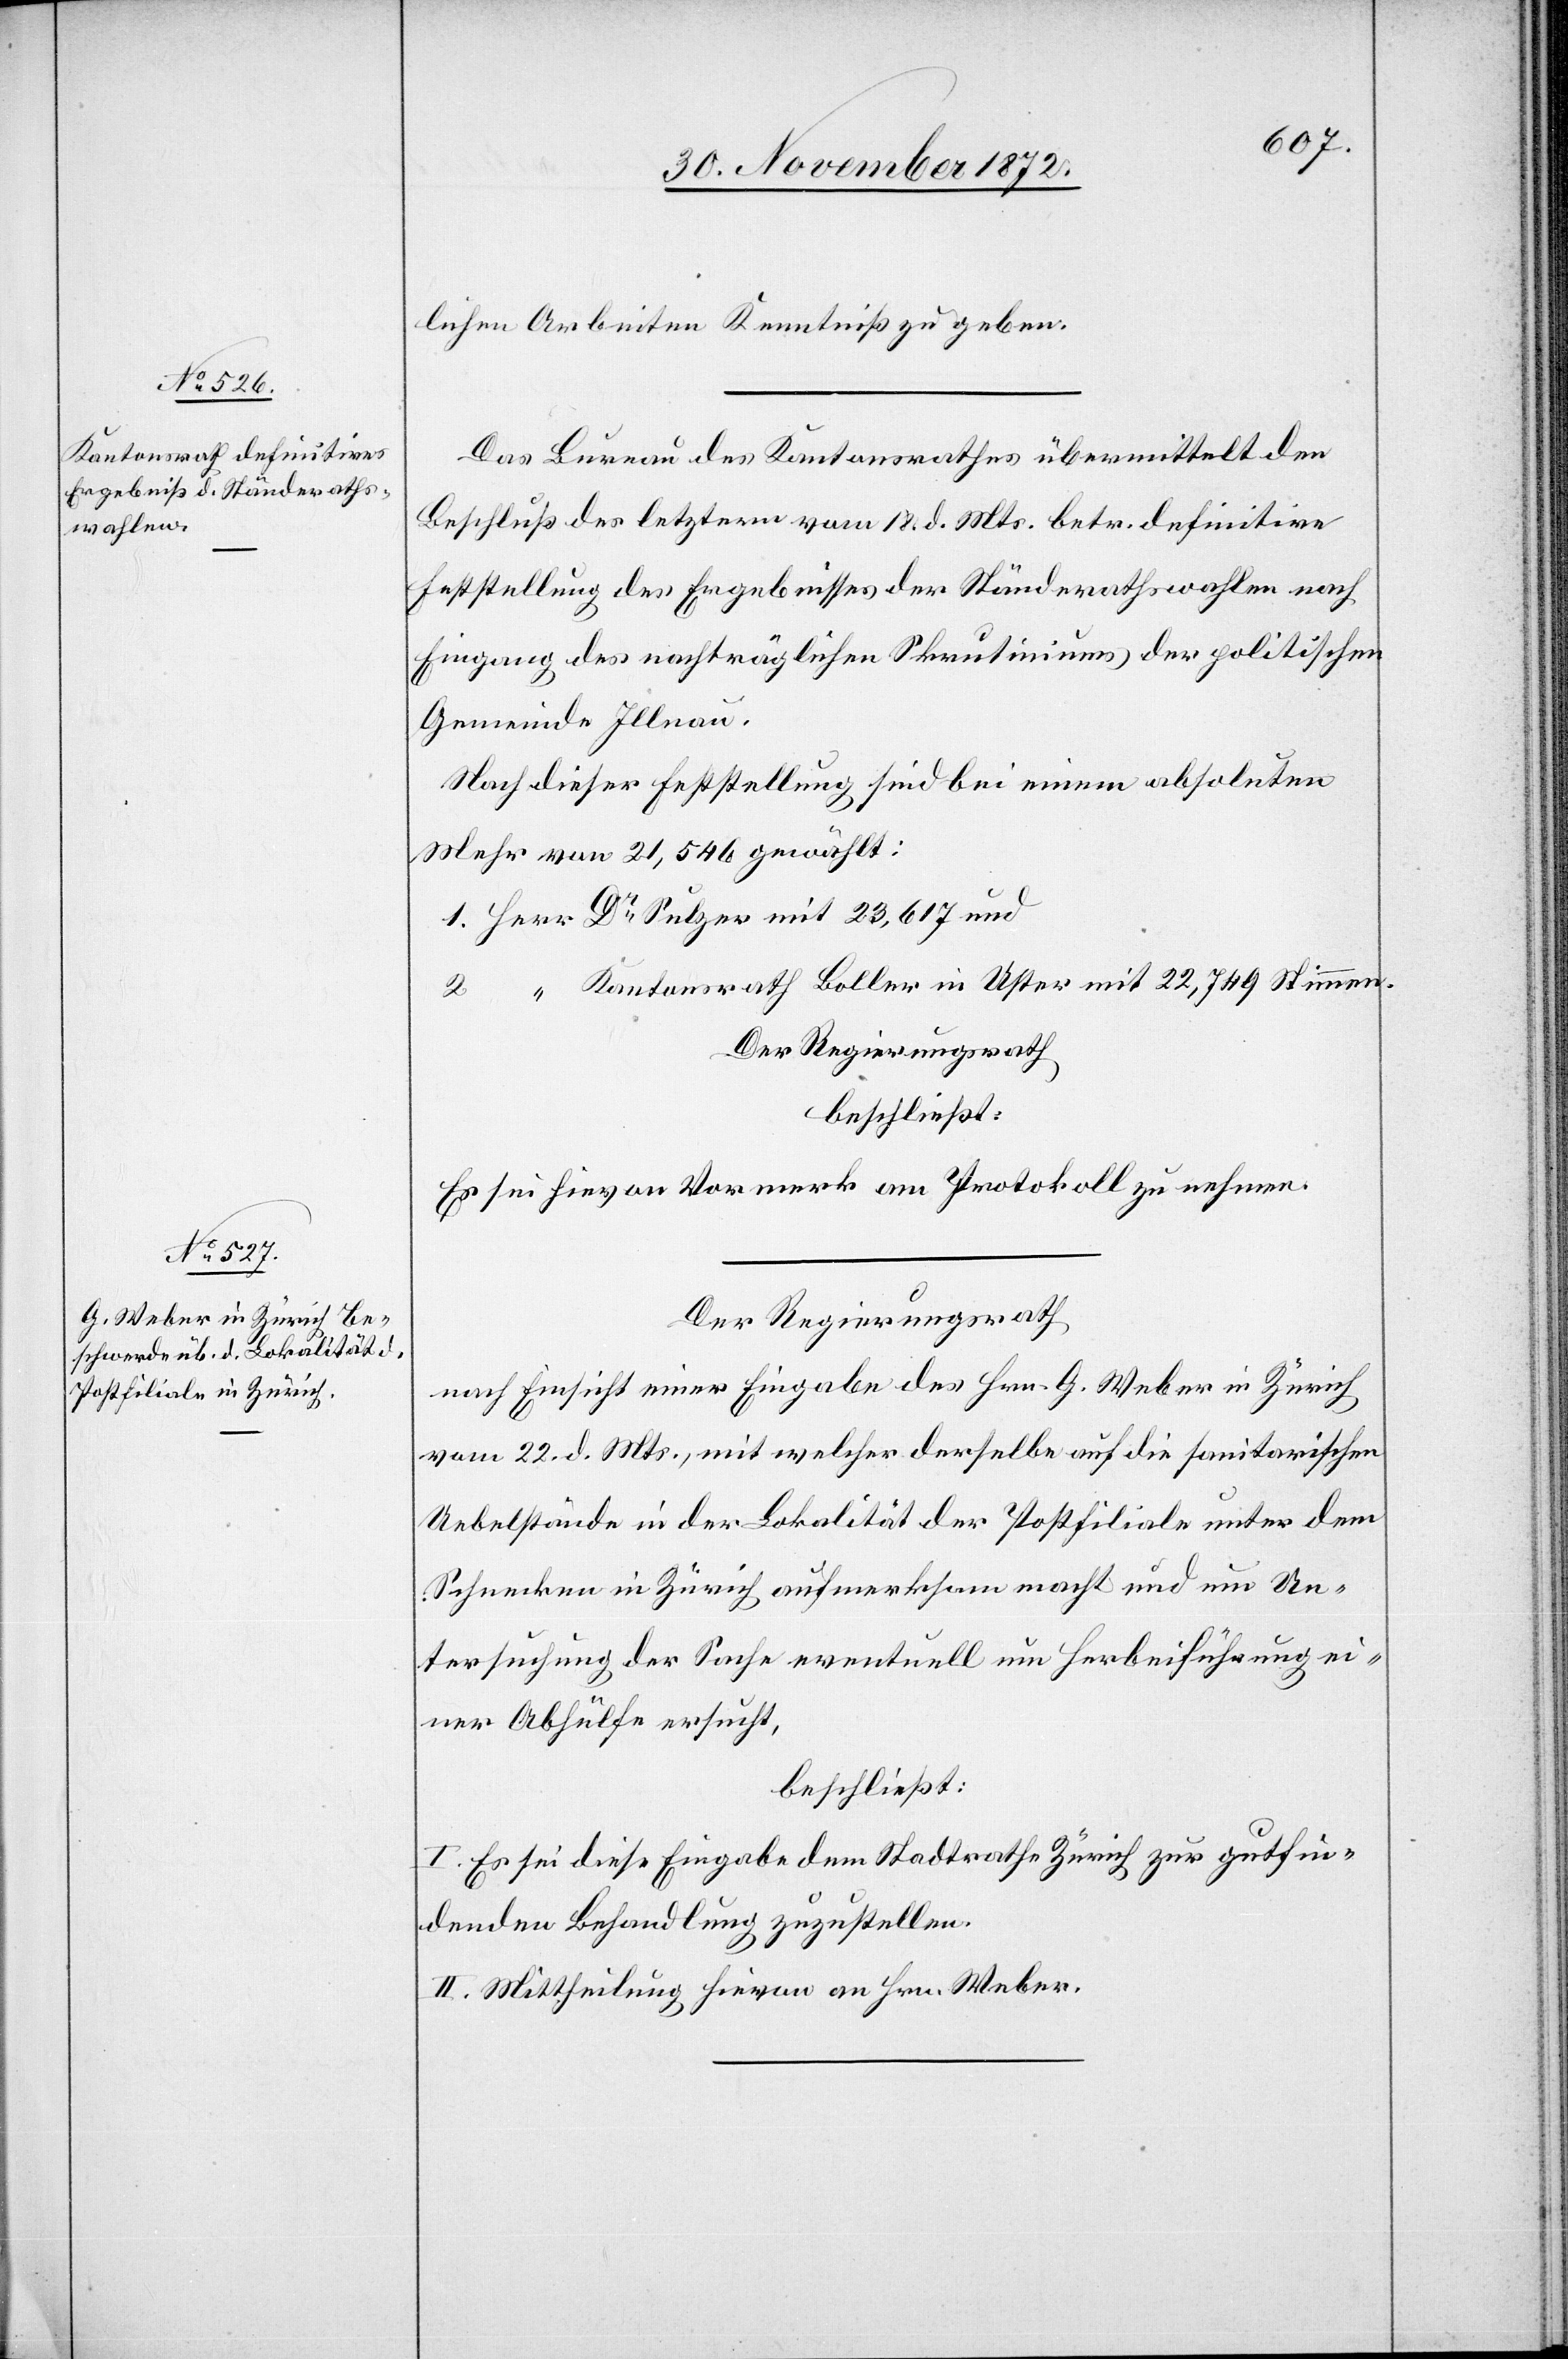
lichen Arbeiten Kenntniß zu geben.
Das Bureau des Kantonsrathes übermittelt den
Beschluß des letztern vom 18. d. Mts. betr. definitive
Feststellung des Ergebnisses der Ständerathswahlen nach
Eingang des nachträglichen Skrutiniums der politischen
Gemeinde Illnau.
Nach dieser Feststellung sind bei einem absoluten
Mehr von 21,546 gewählt:
1. Herr Dr Sulzer mit 23,617 und
2. “ Kantonsrath Boller in Uster mit 22,749 Stimmen.
Der Regierungsrath
beschließt:
Es sei hievon Vormerk am Protokoll zu nehmen.
Der Regierungsrath
nach Einsicht einer Eingabe des Hrn. G. Weber in Zürich
vom 22. d. Mts., mit welcher derselbe auf die sanitarischen
Uebelstände in der Lokalität der Postfiliale unter dem
Schnecken in Zürich aufmerksam macht und um Un¬
tersuchung der Sache eventuell um Herbeiführung ei¬
ner Abhülfe ersucht,
beschließt:
I. Es sei diese Eingabe dem Stadtrathe Zürich zur gutfin¬
denden Behandlung zuzustellen.
II. Mittheilung hievon an Hrn. Weber.